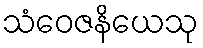
သံဝေဇနိယေသု